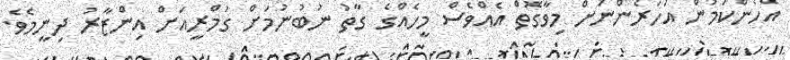
އެހެންކަމުން އަހަރެންނަށް މިވާގޮތް އެއްވެސް މީހެއްގެ ގާތު ނުބުނުމަށް ގުމްރީއަށް އިންޒާރު ދިނީމެވެ.